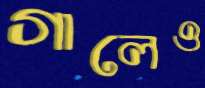
গালেও